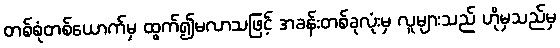
တစ်စုံတစ်ယောက်မှ ထွက်၍မလာသဖြင့် အခန်းတစ်ခုလုံးမှ လူများသည် ဟိုမှသည်မှ